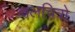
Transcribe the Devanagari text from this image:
चलचित्रो